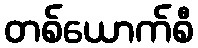
တစ်ယောက်စီ